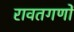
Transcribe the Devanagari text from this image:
रावतगणों